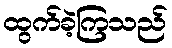
ထွက်ခဲ့ကြသည်